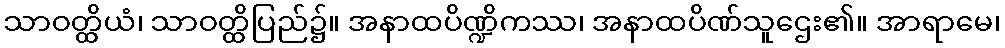
သာဝတ္ထိယံ၊ သာဝတ္ထိပြည်၌။ အနာထပိဏ္ဍိကဿ၊ အနာထပိဏ်သူဌေး၏။ အာရာမေ၊